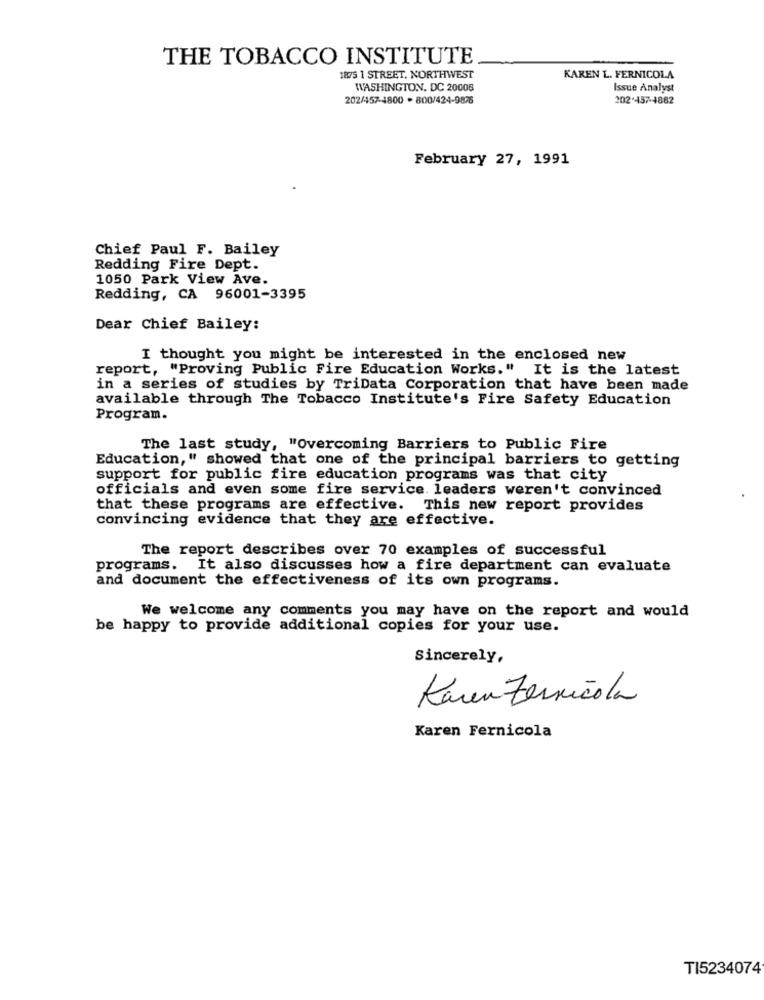
THE TOBACCO INSTITUTE
1875 1 STREET, NORTHWEST
KAREN L. FERNICOLA
WASHINGTON, DC 20008
Issue Analyst
202/457-4800 - 800/424-9876
202.457-4882
February 27, 1991
Chief Paul F. Bailey
Redding Fire Dept.
1050 Park View Ave.
Redding, CA 96001-3395
Dear Chief Bailey:
I thought you might be interested in the enclosed new
report, "Proving Public Fire Education Works." It is the latest
in a series of studies by TriData Corporation that have been made
available through The Tobacco Institute's Fire Safety Education
Program.
The last study, "Overcoming Barriers to Public Fire
Education," showed that one of the principal barriers to getting
support for public fire education programs was that city
officials and even some fire service. leaders weren't convinced
that these programs are effective. This new report provides
convincing evidence that they are effective.
The report describes over 70 examples of successful
programs. It also discusses how a fire department can evaluate
and document the effectiveness of its own programs.
We welcome any comments you may have on the report and would
be happy to provide additional copies for your use.
Sincerely,
Karen Zernicola
Karen Fernicola
TI5234074